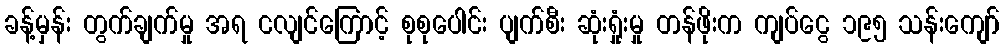
ခန့်မှန်း တွက်ချက်မှု အရ ငလျင်ကြောင့် စုစုပေါင်း ပျက်စီး ဆုံးရှုံးမှု တန်ဖိုးက ကျပ်ငွေ ၁၉၅ သန်းကျော်